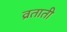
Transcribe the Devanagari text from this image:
व्रताती